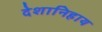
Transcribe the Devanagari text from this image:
देशानिहाय